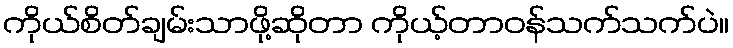
ကိုယ်စိတ်ချမ်းသာဖို့ဆိုတာ ကိုယ့်တာဝန်သက်သက်ပဲ။